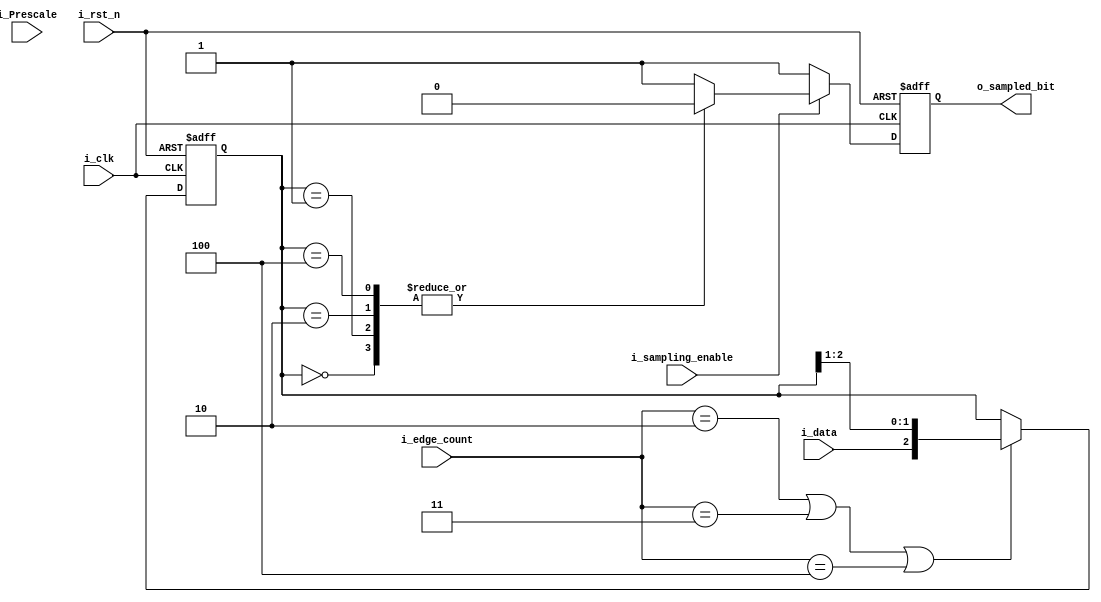
module Data_sampling 
#(parameter PRESCALE = 8,
            BYTE_WIDTH=8) 
    (
    output  reg                                 o_sampled_bit,
    input   wire                                i_sampling_enable,
    input   wire    [$clog2(PRESCALE)-1:0]      i_Prescale,
    input   wire                                i_data,
    input   wire    [$clog2(PRESCALE)-1:0]      i_edge_count,
    input   wire                                i_clk,
    input   wire                                i_rst_n
    );

    
    reg     [$clog2(BYTE_WIDTH)-1:0]    samples=0;
    reg                                 sampling_edge=0;

    always @(posedge i_clk or negedge i_rst_n)
        begin
            
            if (!i_rst_n)
                samples<= { ($clog2(BYTE_WIDTH)) {1'b1}  };

            else
                begin
                    if (sampling_edge)
                        begin
                            samples<={i_data, samples[2:1]};
                        end           

                end
        end

                            
                        
    always @(*)
        begin
            case (i_Prescale)
                'd8     :   sampling_edge = (i_edge_count==2 || i_edge_count==3 || i_edge_count==4);
                'd16    :   sampling_edge = (i_edge_count==6 || i_edge_count==7 || i_edge_count==8);
                'd32    :   sampling_edge = (i_edge_count==13 || i_edge_count==14 || i_edge_count==15);
                
                default:    sampling_edge = (i_edge_count==2 || i_edge_count==3 || i_edge_count==4);

            endcase

        end
    
    
    always @(posedge i_clk or negedge i_rst_n)
        begin

            if (!i_rst_n)
                o_sampled_bit<=1'b0;

            else
                begin

                    if (i_sampling_enable)
                        begin

                            case (samples)
                                3'b000  :   o_sampled_bit<=1'b0;
                                3'b001  :   o_sampled_bit<=1'b0;
                                3'b010  :   o_sampled_bit<=1'b0;
                                3'b100  :   o_sampled_bit<=1'b0;
                                default :   o_sampled_bit<=1'b1; 
                            endcase
                        end
                    
                    else
                        o_sampled_bit<=1'b1;

                end
        end
endmodule